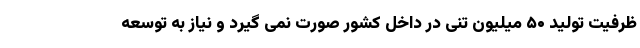
ظرفیت تولید ۵۰ میلیون تنی در داخل کشور صورت نمی گیرد و نیاز به توسعه